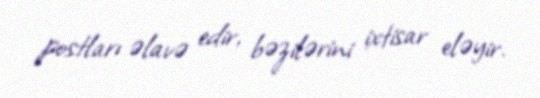
postları əlavə edir, bəzilərini ixtisar eləyir.